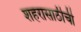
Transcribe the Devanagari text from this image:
शहरासाठीची